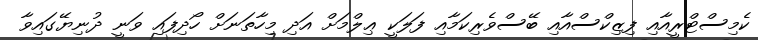
ކެމިސްޓްރީއާއި ފިޒިކްސްއާއި ބޭސްވެރިކަމާއި ފަލަކީ ޢިލްމަށް އަދި މިހާތަނަށް ހޯދިފައި ވަނީ ދުނިޔޭގައިވާ